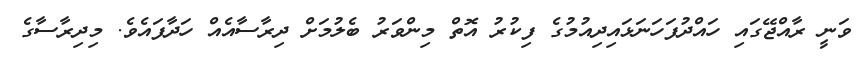
ވަނީ ރާއްޖޭގައި ހައްދުފަހަނަޅައިދިއުމުގެ ފިކުރު އޮތް މިންވަރު ބެލުމަށް ދިރާސާއެއް ހަދާފައެވެ. މިދިރާސާގެ